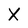
Character: X